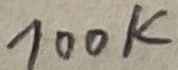
Text: 100K